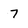
Character: 7